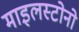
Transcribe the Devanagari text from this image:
माइलस्टोनो